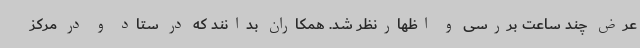
عرض چند ساعت بررسی و اظهارنظر شد. همکاران بدانند که در ستاد و در مرکز